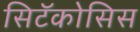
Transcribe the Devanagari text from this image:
सिटॅकोसिस